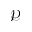
\mathcal { P }